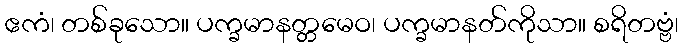
ဧကံ၊ တစ်ခုသော။ ပက္ခမာနတ္တမေဝ၊ ပက္ခမာနတ်ကိုသာ။ စရိတဗ္ဗံ၊